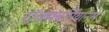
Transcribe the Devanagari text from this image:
रॉक्सबर्घियानम